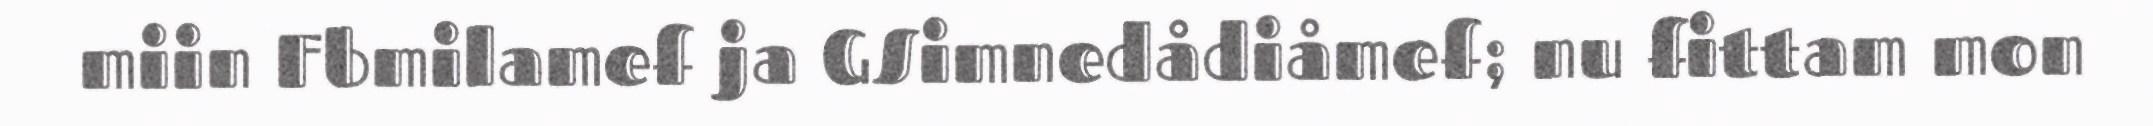
miin Fbmilamef ja GSimnedådiåmef; nu fittam mon